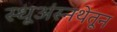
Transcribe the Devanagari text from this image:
स्धूअंस्नथेतून